Civil Veterinary Dept. Assam report 1927-50 - 1927-1950
Year: 1927
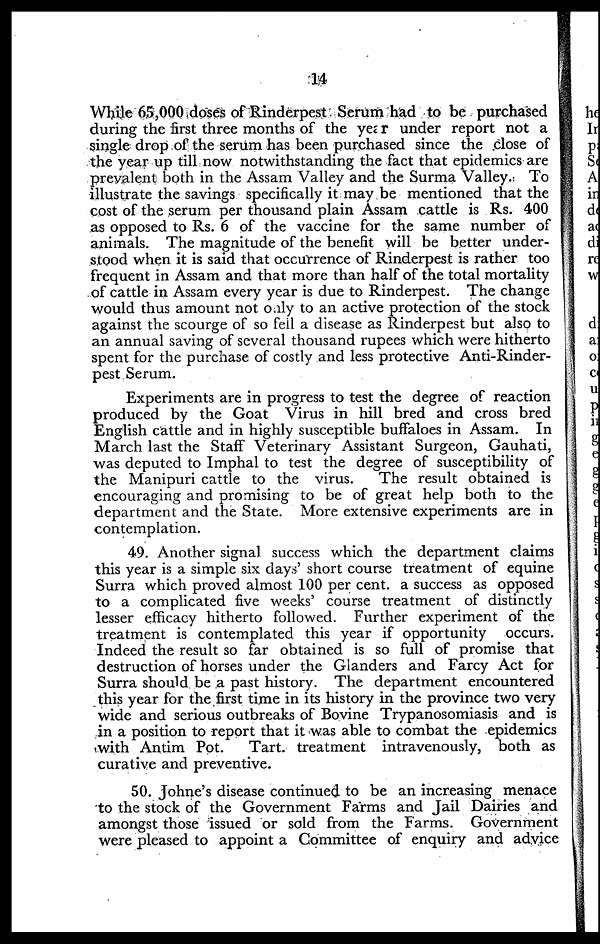
14
While 65,000 doses of Rinderpest Serum had to be purchased
during the first three months of the year under report not a
single drop of the serum has been purchased since the close of
the year up till now notwithstanding the fact that epidemics are
prevalent both in the Assam Valley and the Surma Valley. To
illustrate the savings specifically it may be mentioned that the
cost of the serum per thousand plain Assam cattle is Rs. 400
as opposed to Rs. 6 of the vaccine for the same number of
animals. The magnitude of the benefit will be better under-
stood when it is said that occurrence of Rinderpest is rather too
frequent in Assam and that more than half of the total mortality
of cattle in Assam every year is due to Rinderpest. The change
would thus amount not only to an active protection of the stock
against the scourge of so fell a disease as Rinderpest but also to
an annual saving of several thousand rupees which were hitherto
spent for the purchase of costly and less protective Anti-Rinder-
pest Serum.
Experiments are in progress to test the degree of reaction
produced by the Goat Virus in hill bred and cross bred
English cattle and in highly susceptible buffaloes in Assam. In
March last the Staff Veterinary Assistant Surgeon, Gauhati,
was deputed to Imphal to test the degree of susceptibility of
the Manipuri cattle to the virus.
The result obtained is
encouraging and promising to be of great help both to the
department and the State. More extensive experiments are in
contemplation.
49. Another signal success which the department claims
this year is a simple six days' short course treatment of equine
Surra which proved almost 100 per cent. a success as opposed
to a complicated five weeks' course treatment of distinctly
lesser efficacy hitherto followed. Further experiment of the
treatment is contemplated this year if opportunity occurs.
Indeed the result so far obtained is so full of promise that
destruction of horses under the Glanders and Farcy Act for
Surra should be a past history. The department encountered
this year for the first time in its history in the province two very
wide and serious outbreaks of Bovine Trypanosomiasis and is
in a position to report that it was able to combat the epidemics
with Antim Pot.
Tart, treatment intravenously, both as
curative and preventive.
50. Johne's disease continued to be an increasing menace
to the stock of the Government Farms and Jail Dairies and
amongst those issued or sold from the Farms. Government
were pleased to appoint a Committee of enquiry and advice